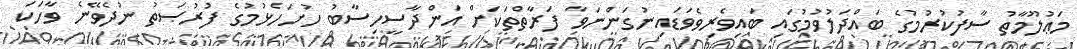
މަޢުލޫމާތު ސާފުކުރުމުގެ ބައްދަލުވުމުގައި ބައިވެރިވެވަޑައިނުގަންނަވާ ފަރާތްތަކަށް އަންދާސީހިސާބު ހުށަހެޅުމުގެ ފުރުޞަތު ނުދެވޭނެ ވާހަކަ